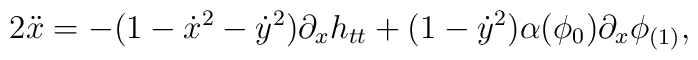
2\ddot{x} = -(1-\dot{x}^2-\dot{y}^2)\partial_xh_{tt} + (1-\dot{y}^2)\alpha(\phi_0)\partial_x\phi_{(1)},